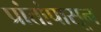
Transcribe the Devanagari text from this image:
प्रांतांपासून